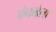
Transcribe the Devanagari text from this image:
फंकब्रेला